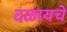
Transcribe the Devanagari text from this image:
दळायचे